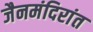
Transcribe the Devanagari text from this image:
जैनमंदिरांत